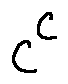
c ^ { c }